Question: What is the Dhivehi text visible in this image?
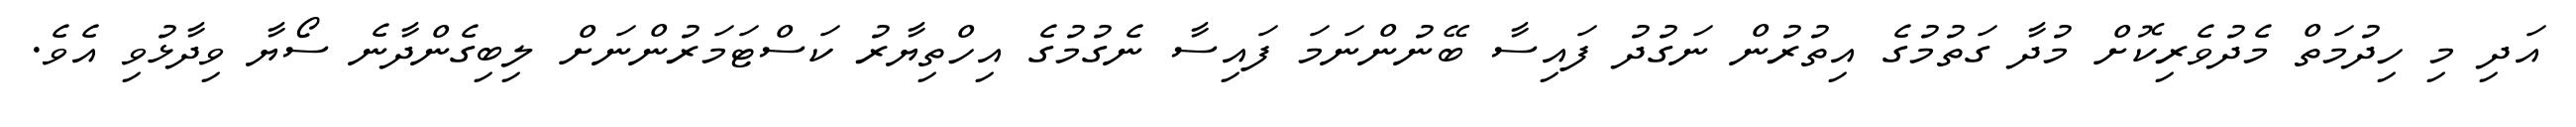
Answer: އަދި މި ހިދުމަތް މެދުވެރިކޮށް މުދާ ގަތުމުގެ އިތުރުން ނަގުދު ފައިސާ ބޭނުންނަމަ ފައިސާ ނެގުމުގެ އިހްތިޔާރު ކަސްޓަމަރުންނަށް ލިބިގެންދާނެ ސޯޔާ ވިދާޅުވި އެވެ.